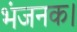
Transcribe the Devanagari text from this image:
भंजनक।